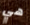
هي